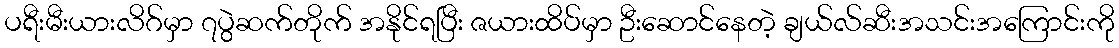
ပရီးမီးယားလိဂ်မှာ ၇ပွဲဆက်တိုက် အနိုင်ရပြီး ဇယားထိပ်မှာ ဦးဆောင်နေတဲ့ ချယ်လ်ဆီးအသင်းအကြောင်းကို